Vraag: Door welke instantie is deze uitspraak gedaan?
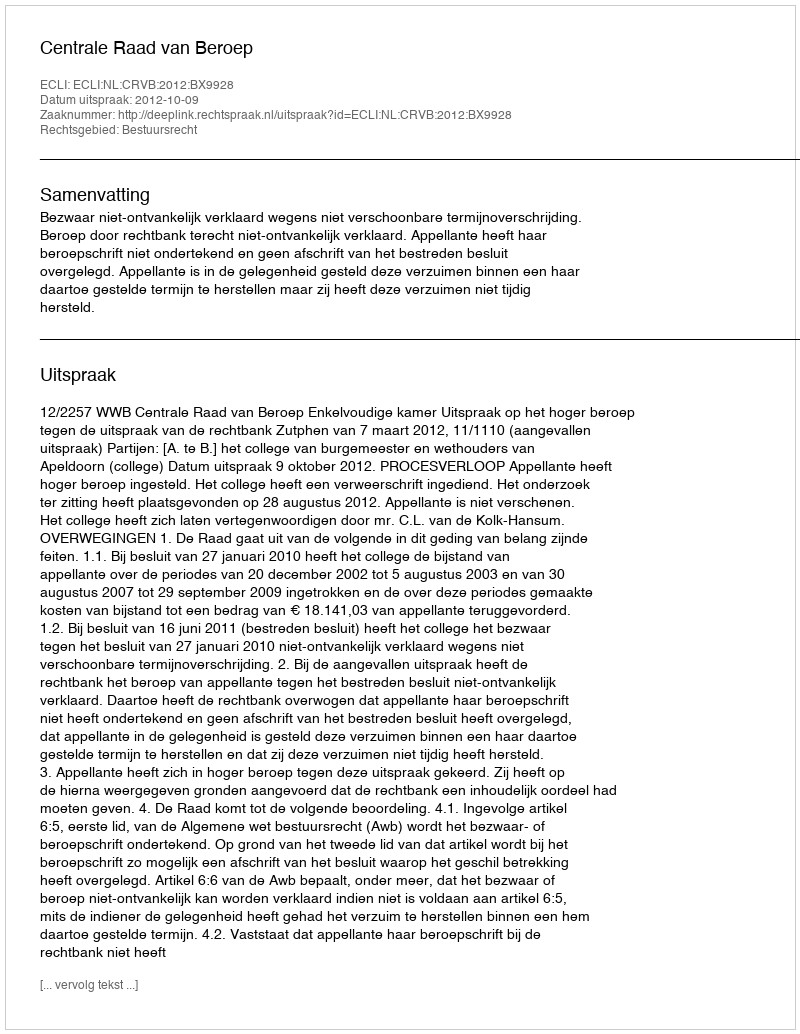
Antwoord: Centrale Raad van Beroep